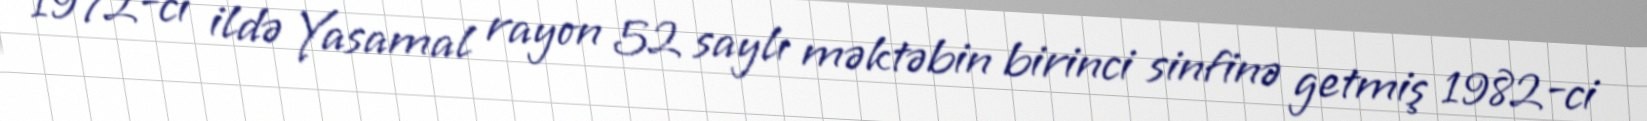
1972-ci ildə Yasamal rayon 52 saylı məktəbin birinci sinfinə getmiş 1982-ci